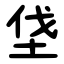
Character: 垡